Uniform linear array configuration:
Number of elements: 64
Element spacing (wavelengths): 0.25
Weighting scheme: binomial
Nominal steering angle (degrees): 0
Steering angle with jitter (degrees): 0.843
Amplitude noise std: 0.05
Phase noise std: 0.05

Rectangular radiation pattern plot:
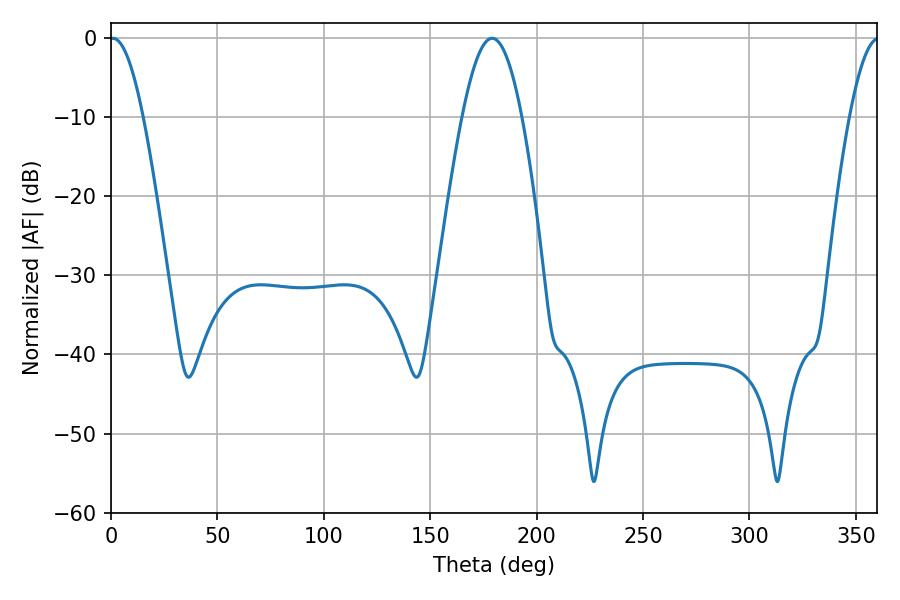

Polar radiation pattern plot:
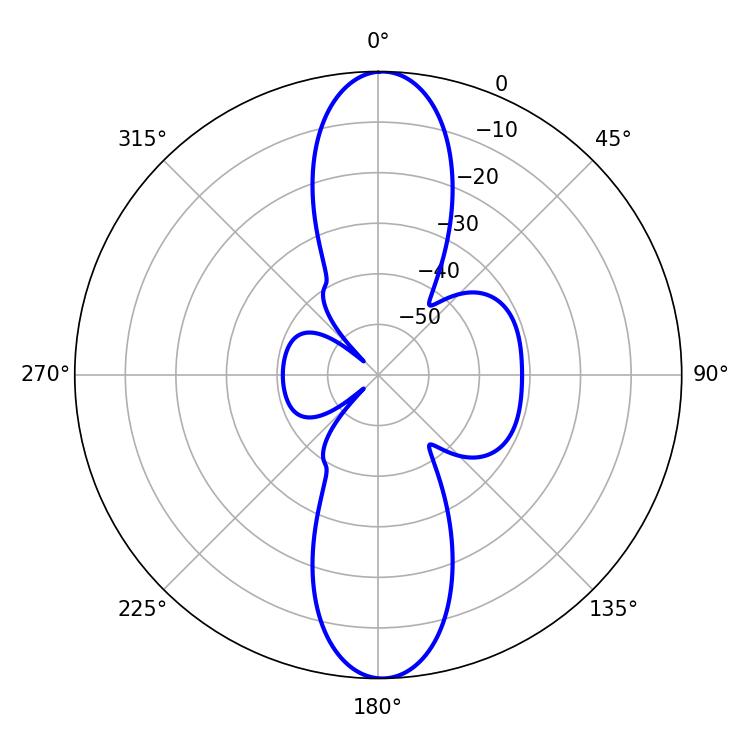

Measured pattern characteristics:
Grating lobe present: FALSE
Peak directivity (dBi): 22.708
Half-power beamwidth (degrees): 8.46
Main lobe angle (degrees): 0.9